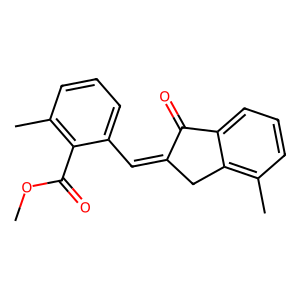
SMILES: COC(=O)c1c(C)cccc1C=C1Cc2c(C)cccc2C1=O
Inhibits HIV replication: No